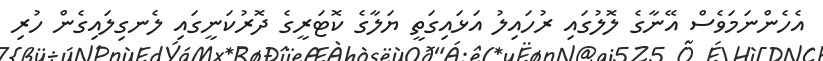
އެހެންނަމަވެސް އޭނާގެ ލޮލުގައި ރުހައިލު އަޅައިގަތީ ޔަލާގެ ކޮޓަރީގެ ދޮރުކަނީގައި ލެނގިލައިގެން ހުރި